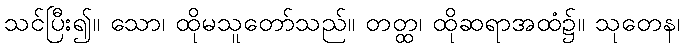
သင်ပြီး၍။ သော၊ ထိုမသူတော်သည်။ တတ္ထ၊ ထိုဆရာအထံ၌။ သုတေန၊